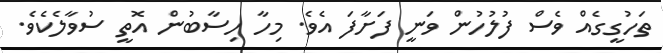
ތަހުގީގެއް ވެސް ފުލުހުން ވަނީ ފަށާފަ އެވެ. މިހާ ހިސާބުން އޮތީ ސުވާލެކެވެ.